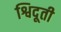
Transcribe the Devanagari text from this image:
श्विदूती